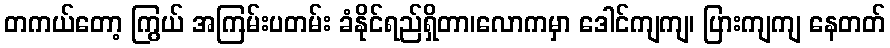
တကယ်တော့ ကြွယ် အကြမ်းပတမ်း ခံနိုင်ရည်ရှိတာ၊လောကမှာ ဒေါင်ကျကျ၊ ပြားကျကျ နေတတ်